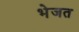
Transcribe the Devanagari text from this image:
भेजत